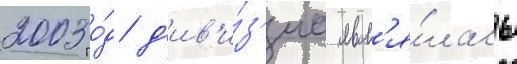
2003 го́д д'ив'и́з'иа явл'я́лась